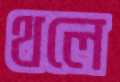
থলে